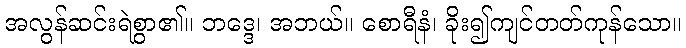
အလွန်ဆင်းရဲစွာ၏။ ဘဒ္ဒေ၊ အဘယ်။ စောရီနံ၊ ခိုး၍ကျင်တတ်ကုန်သော။